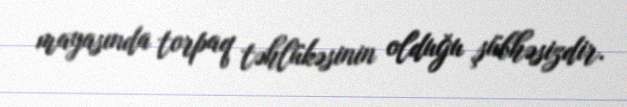
mayasında torpaq təhlükəsinin olduğu şübhəsizdir.